画像に写った文字を読んでください
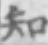
「知」と書いてあります